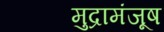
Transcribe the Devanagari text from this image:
मुद्रामंजूष